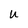
Character: U